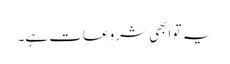
یہ تو ابھی شروعات ہے۔